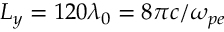
L _ { y } = 1 2 0 \lambda _ { 0 } = 8 \pi c / \omega _ { p e }